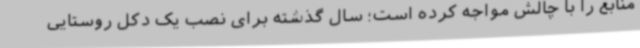
منابع را با چالش مواجه کرده است؛ سال گذشته برای نصب یک دکل روستایی